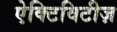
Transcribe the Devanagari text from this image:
ऐक्टिविटीज़